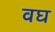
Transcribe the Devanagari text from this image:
वघ